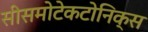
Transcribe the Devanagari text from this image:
सीसमोटेकटोनिक्‍स